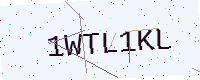
Text: 1WTL1KL